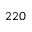
2 2 0